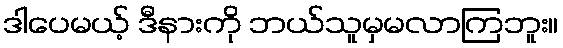
ဒါပေမယ့် ဒီနားကို ဘယ်သူမှမလာကြဘူး။